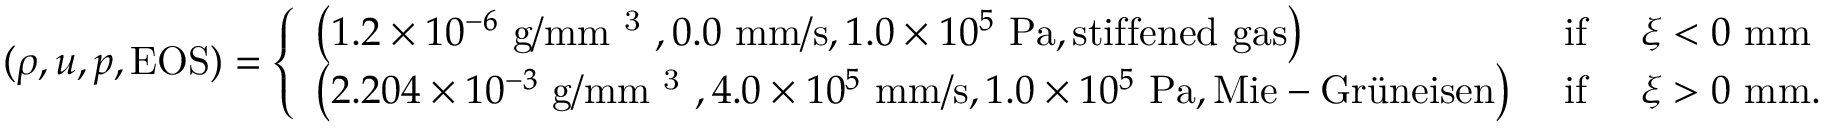
( \rho , u , p , \mathrm { E O S } ) = \left\{ \begin{array} { l l } { \left( 1 . 2 \times 1 0 ^ { - 6 } ~ \mathrm { g / m m ~ ^ 3 ~ } , 0 . 0 ~ \mathrm { m m / s } , 1 . 0 \times 1 0 ^ { 5 } ~ \mathrm { P a } , \mathrm { s t i f f e n e d ~ g a s } \right) } & { \mathrm { ~ i f ~ } \quad \xi < 0 ~ \mathrm { m m } } \\ { \left( 2 . 2 0 4 \times 1 0 ^ { - 3 } ~ \mathrm { g / m m ~ ^ 3 ~ } , 4 . 0 \times 1 0 ^ { 5 } ~ \mathrm { m m / s } , 1 . 0 \times 1 0 ^ { 5 } ~ \mathrm { P a } , \mathrm { M i e - G r \" { u } n e i s e n } \right) } & { \mathrm { ~ i f ~ } \quad \xi > 0 ~ \mathrm { m m } . } \end{array} \right.